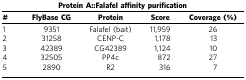
<table><thead><tr><td colspan="5"><b>Protein A::Falafel affinity purification</b></td></tr><tr><td><b>#</b></td><td><b>FlyBase CG</b></td><td><b>Protein</b></td><td><b>Score</b></td><td><b>Coverage (%)</b></td></tr></thead><tbody><tr><td>1</td><td>9351</td><td>Falafel (bait)</td><td>11,959</td><td>26</td></tr><tr><td>2</td><td>31258</td><td>CENP-C</td><td>1,178</td><td>13</td></tr><tr><td>3</td><td>42389</td><td>CG42389</td><td>1,124</td><td>10</td></tr><tr><td>4</td><td>32505</td><td>PP4c</td><td>872</td><td>27</td></tr><tr><td>5</td><td>2890</td><td>R2</td><td>316</td><td>7</td></tr></tbody></table>